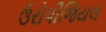
ઉરોપીજિયલ